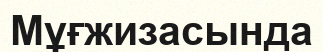
Мұғжизасында